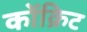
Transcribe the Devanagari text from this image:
कोंक्रिट